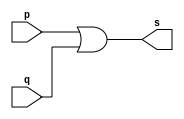
// -------------------------
// Exemplo0004 - OR
// Nome: Guilherme Gideoni Albinati Batista
// ------------------------- 
// -- or gate 
// ------------------------- 
module orgate ( output s, input p, input q); 
	assign s = p | q; 
endmodule // andgate 
// --------------------- 
// -- test or gate 
// ---------------------  
module testandgate; 
	reg a, b; // definir registradores 
	wire s; // definir conexao (fio) 
	// ------------------------- instancia 
	orgate OR1 (s, a, b);  
	// ------------------------- preparacao 
	initial begin:start 
	// atribuicao simultanea 
	// dos valores iniciais 
	a=0; b=0; 
	end 
	initial begin//:main
		// execucao unitaria
		$display("Exemplo 0004 - Guilherme Gideoni Albinati Batista - 451565");
		$display("Test OR"); 
		$display("\na & b = s\n"); 
		a=0; b=0; 
		#1 $display("%b & %b = %b", a, b, s); 
		a=0; b=1; 
		#1 $display("%b & %b = %b", a, b, s); 
		a=1; b=0; 
		#1 $display("%b & %b = %b", a, b, s); 
		a=1; b=1; 
		#1 $display("%b & %b = %b", a, b, s);  
	end
endmodule